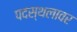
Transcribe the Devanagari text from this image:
पदस्थलावर